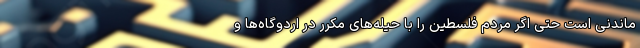
ماندنی است حتی اگر مردم فلسطین را با حیله‌های مکرر در اردوگاه‌ها و